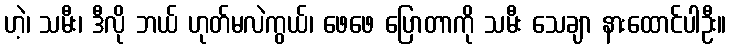
ဟဲ့၊ သမီး၊ ဒီလို ဘယ် ဟုတ်မလဲကွယ်၊ ဖေဖေ ပြောတာကို သမီး သေချာ နားထောင်ပါဦး။